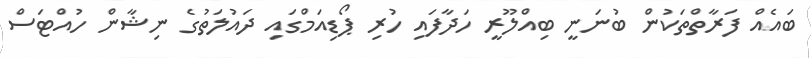
ބައެއް ފަރާތްތަކުން ބުނަނީ ބިއްލޫރީ ހަދާފައި ހުރި ޕޯޑިއަމްގައި ދައުލަތުގެ ނިޝާން ހުއްޓަސް